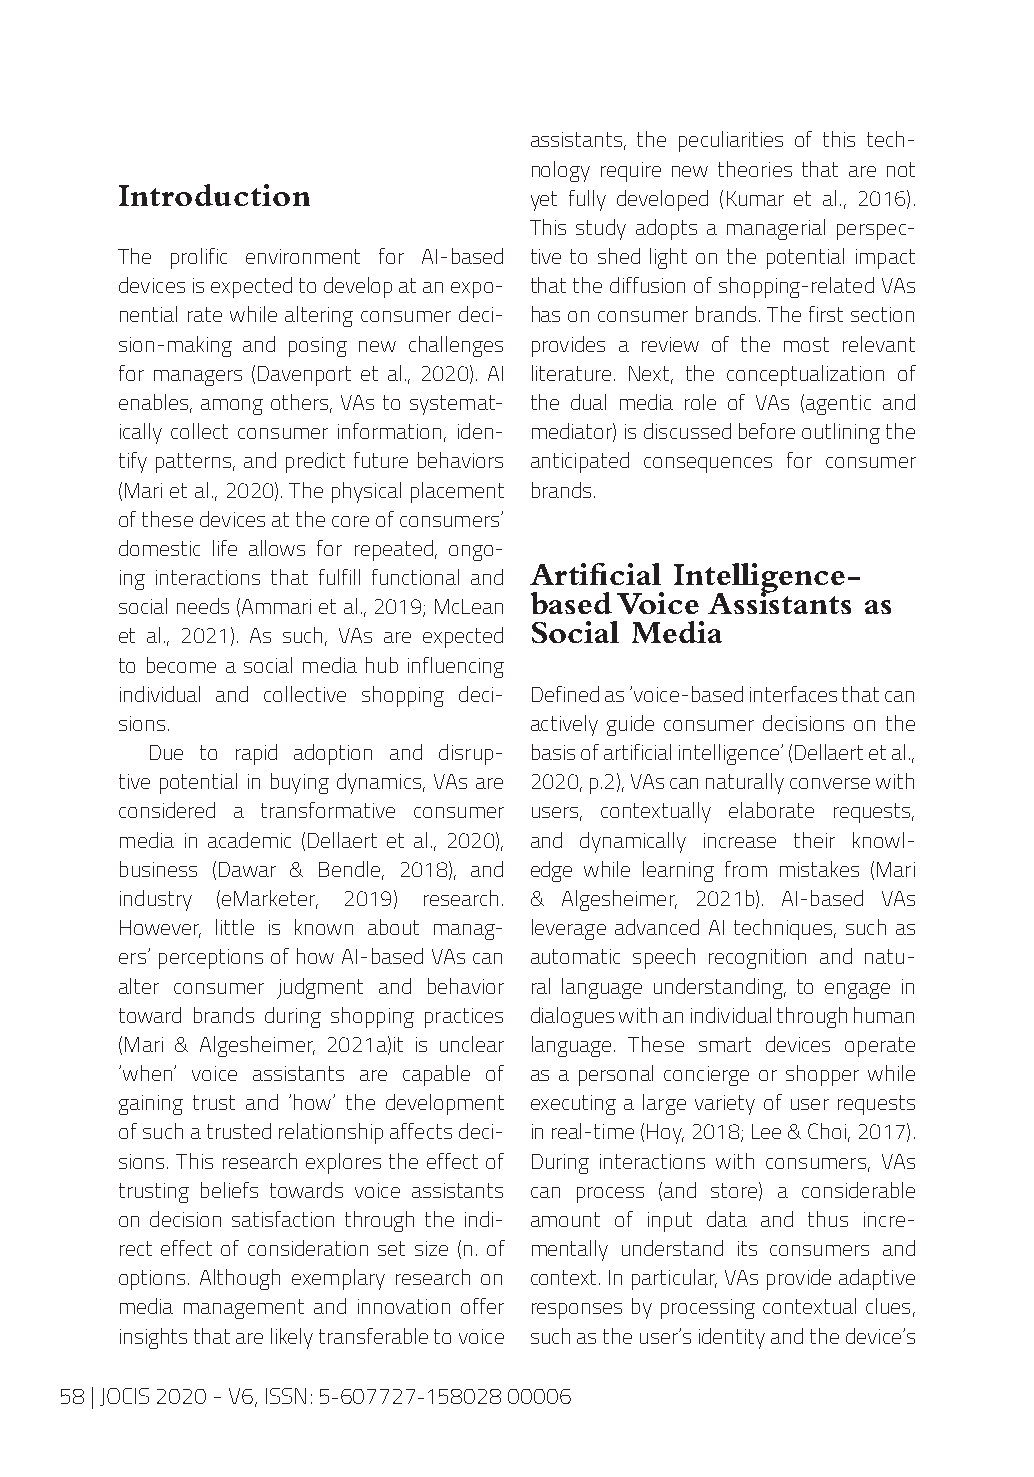
assistants, the peculiarities of this tech-
 nology require new theories that are not
 Introduction
 yet fully developed (Kumar et al., 2016).
 This study adopts a managerial perspec-
 The prolific environment for AI-based tive to shed light on the potential impact
 devices is expected to develop at an expo- that the diffusion of shopping-related VAs
 nential rate while altering consumer deci- has on consumer brands. The first section
 sion-making and posing new challenges provides a review of the most relevant
 for managers (Davenport et al., 2020). AI literature. Next, the conceptualization of
 enables, among others, VAs to systemat- the dual media role of VAs (agentic and
 ically collect consumer information, iden- mediator) is discussed before outlining the
 tify patterns, and predict future behaviors anticipated consequences for consumer
 (Mari et al., 2020). The physical placement brands.
 of these devices at the core of consumers’
 domestic life allows for repeated, ongo-
 Artificial Intelligence-
 ing interactions that fulfill functional and
 based Voice Assistants as
 social needs (Ammari et al., 2019; McLean
 Social Media
 et al., 2021). As such, VAs are expected
 to become a social media hub influencing
 individual and collective shopping deci- Defined as ‘voice-based interfaces that can
 sions.                     actively guide consumer decisions on the
 Due to rapid adoption and disrup- basis of artificial intelligence’ (Dellaert et al.,
 tive potential in buying dynamics, VAs are 2020, p.2), VAs can naturally converse with
 considered a transformative consumer users, contextually elaborate requests,
 media in academic (Dellaert et al., 2020), and dynamically increase their knowl-
 business (Dawar & Bendle, 2018), and edge while learning from mistakes (Mari
 industry (eMarketer, 2019) research. & Algesheimer, 2021b). AI-based VAs
 However, little is known about manag- leverage advanced AI techniques, such as
 ers’ perceptions of how AI-based VAs can automatic speech recognition and natu-
 alter consumer judgment and behavior ral language understanding, to engage in
 toward brands during shopping practices dialogues with an individual through human
 (Mari & Algesheimer, 2021a)it is unclear language. These smart devices operate
 ‘when’ voice assistants are capable of as a personal concierge or shopper while
 gaining trust and ‘how’ the development executing a large variety of user requests
 of such a trusted relationship affects deci- in real-time (Hoy, 2018; Lee & Choi, 2017).
 sions. This research explores the effect of During interactions with consumers, VAs
 trusting beliefs towards voice assistants can process (and store) a considerable
 on decision satisfaction through the indi- amount of input data and thus incre-
 rect effect of consideration set size (n. of mentally understand its consumers and
 options. Although exemplary research on context. In particular, VAs provide adaptive
 media management and innovation offer responses by processing contextual clues,
 insights that are likely transferable to voice such as the user’s identity and the device’s
 58 | JOCIS 2020 - V6, ISSN: 5-607727-158028 00006